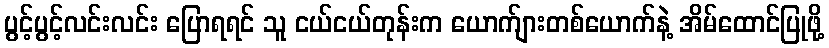
ပွင့်ပွင့်လင်းလင်း ပြောရရင် သူ ငယ်ငယ်တုန်းက ယောက်ျားတစ်ယောက်နဲ့ အိမ်ထောင်ပြုဖို့